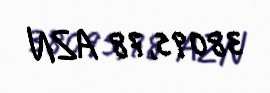
38095,78 AZN